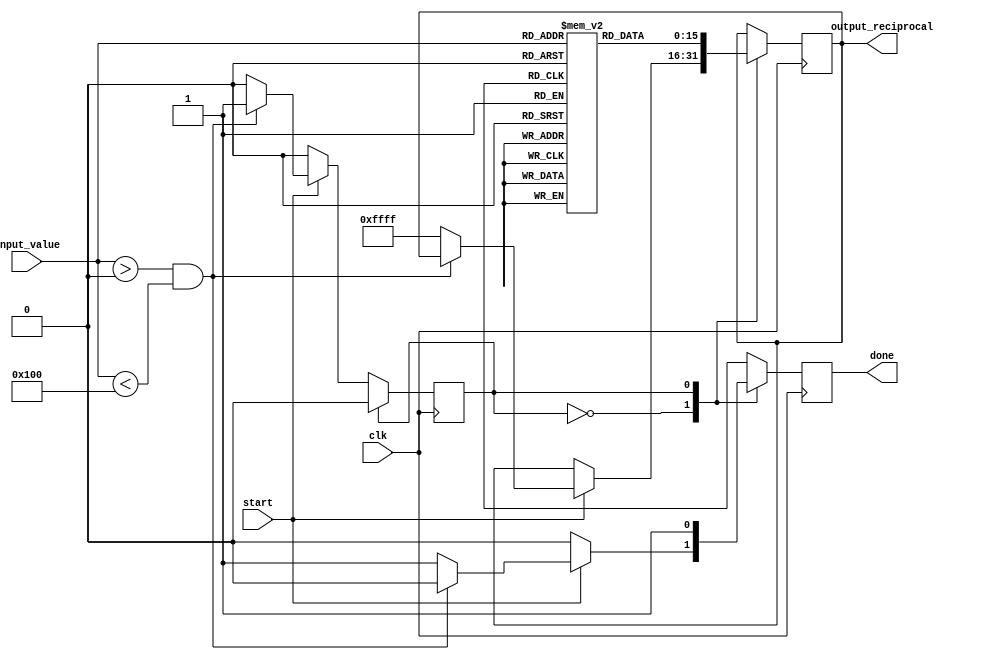
module lut_reciprocal (
    input wire [7:0] input_value, // Input value (assumed to be in range [1, 255])
    input wire clk,               // Clock signal
    input wire start,             // Start signal to initiate lookup
    output reg [15:0] output_reciprocal, // Output reciprocal (assumed to be in fixed-point)
    output reg done               // Done signal to indicate operation completed
);

// Define the size of the LUT
parameter LUT_SIZE = 256; // Size of the LUT (for 8-bit input)
reg [15:0] lut [0:LUT_SIZE-1]; // LUT to store precomputed reciprocal values

// Initial block to load LUT with precomputed reciprocal values
initial begin
    // Example LUT initialization (values need to be precomputed)
    // The reciprocal values are usually computed before simulation
    // and loaded into the LUT.
    lut[1] = 16'h4000; // 1/1 = 1.0 in fixed-point (scaled, assuming 16 bits)
    lut[2] = 16'h2000; // 1/2 = 0.5
    lut[3] = 16'h1555; // 1/3  0.3333
    // ... (other values) ...
    lut[255] = 16'h01; // 1/255
    // lut[0] and other invalid inputs can be set to a specific value or handled as an edge case.
end

// State to manage the operation
reg state;
parameter IDLE = 0, LOOKUP = 1;

// Sequential logic for outputting results
always @(posedge clk) begin
    case (state)
        IDLE: begin
            done <= 0;
            if (start) begin
                if (input_value > 0 && input_value < LUT_SIZE) begin
                    state <= LOOKUP;
                end else begin
                    output_reciprocal <= 16'hFFFF; // Invalid input handling (could be NaN or error code)
                    done <= 1;
                end
            end
        end
        
        LOOKUP: begin
            output_reciprocal <= lut[input_value]; // Access the LUT using input_value as address
            done <= 1; // Indicate that the operation is done
            state <= IDLE; // Move back to IDLE state
        end
    endcase
end

endmodule